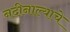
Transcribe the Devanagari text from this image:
नदीनाल्याचे